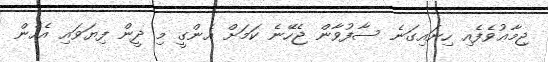
ޖިމާޢުވެފެއި ހިނައިގަނެ ސާފުވާން ޖެހޭނެ ކަމަށް އެންގީ މި ދީން ފިޔަވައި އެހެން